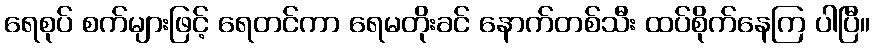
ရေစုပ် စက်များဖြင့် ရေတင်ကာ ရေမတိုးခင် နောက်တစ်သီး ထပ်စိုက်နေကြ ပါပြီ။